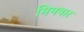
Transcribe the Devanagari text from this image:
मिमबार